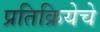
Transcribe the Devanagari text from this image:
प्रतिक्रियेचे